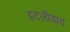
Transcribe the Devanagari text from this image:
इटलीवाद